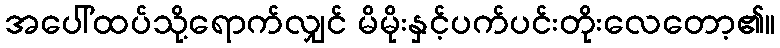
အပေါ်ထပ်သို့ရောက်လျှင် မိမိုးနှင့်ပက်ပင်းတိုးလေတော့၏။